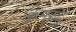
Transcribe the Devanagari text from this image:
कुमरुदु